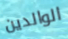
الوالدين